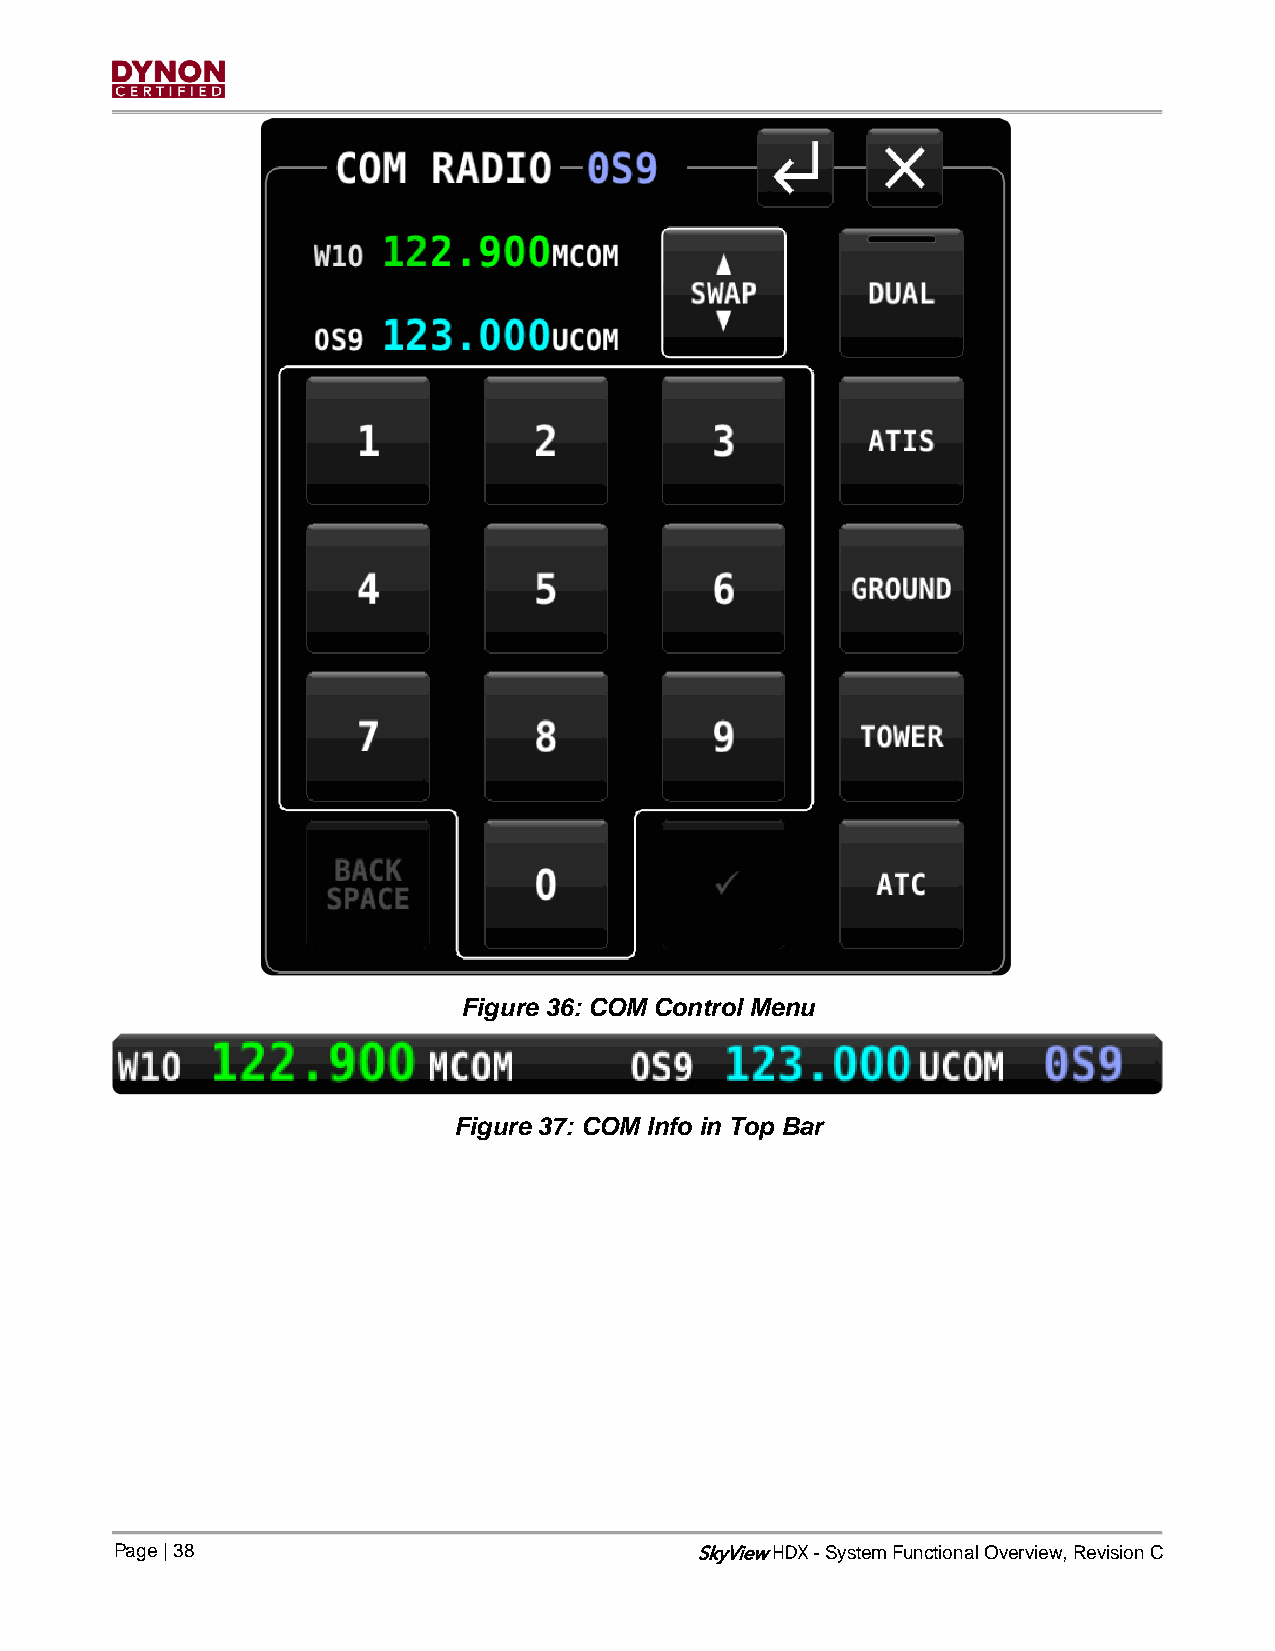
Figure 36: COM Control Menu
 Figure 37: COM Info in Top Bar
 Page | 38                             SkyView - System Functional Overview, Revision C